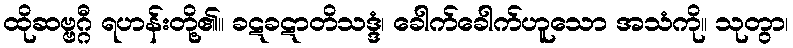
ထိုဆဗ္ဗဂ္ဂီ ရဟန်းတို့၏။ ခဋခဋာတိသဒ္ဒံ၊ ခေါက်ခေါက်ဟူသော အသံကို။ သုတွာ၊